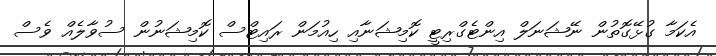
އެކަމާ ގުޅޭގޮތުން ނޭޝަނަލް އިންޓެގްރިޓީ ކޮމިޝަނާއި ހިއުމަން ރައިޓްސް ކޮމިޝަނުން ސުވާލެއް ވެސް